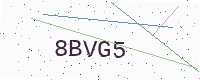
Text: 8BVG5